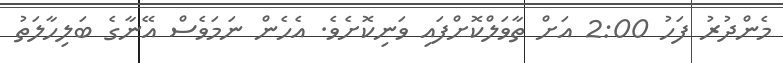
މެންދުރު ފަހު 2:00 އަށް ތާވަލްކޮށްފައި ވަނިކޮށެވެ. އެހެން ނަމަވެސް އޭނާގެ ބަލިހާލަތު